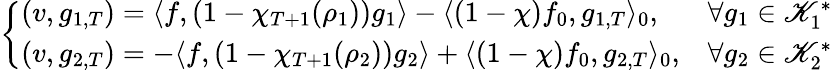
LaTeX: \left\{ \begin{array}{ll}{(v,g_{1,T})=\langle f,(1-\chi_{T+1}(\rho_{1}))g_{1}\rangle-\langle(1-\chi)f_{0},g_{1,T}\rangle_{0},}&{\forall g_{1}\in\mathscr K_{1}^{*}}\\ {(v,g_{2,T})=-\langle f,(1-\chi_{T+1}(\rho_{2}))g_{2}\rangle+\langle(1-\chi)f_{0},g_{2,T}\rangle_{0},}&{\forall g_{2}\in\mathscr K_{2}^{*}}\end{array}\right.